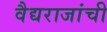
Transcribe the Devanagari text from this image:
वैद्यराजांची